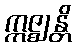
ဣဇ္ဈန္တိ